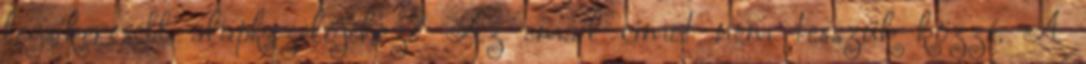
legsikeresebb alapkezelőjéhez? Az email címet nem tesszük közzé. A